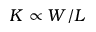
K \propto W / L